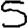
Digit: 5